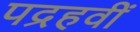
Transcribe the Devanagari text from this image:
पद्रहवीं